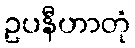
ဥပနီဟာတုံ